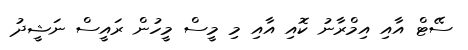
ސޭޓް އާއި އިމްރާނު ކޮއި އާއި މި މީސް މީހުން ރައީސް ނަޝީދު